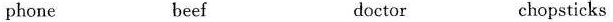
phone beef doctor chopsticks